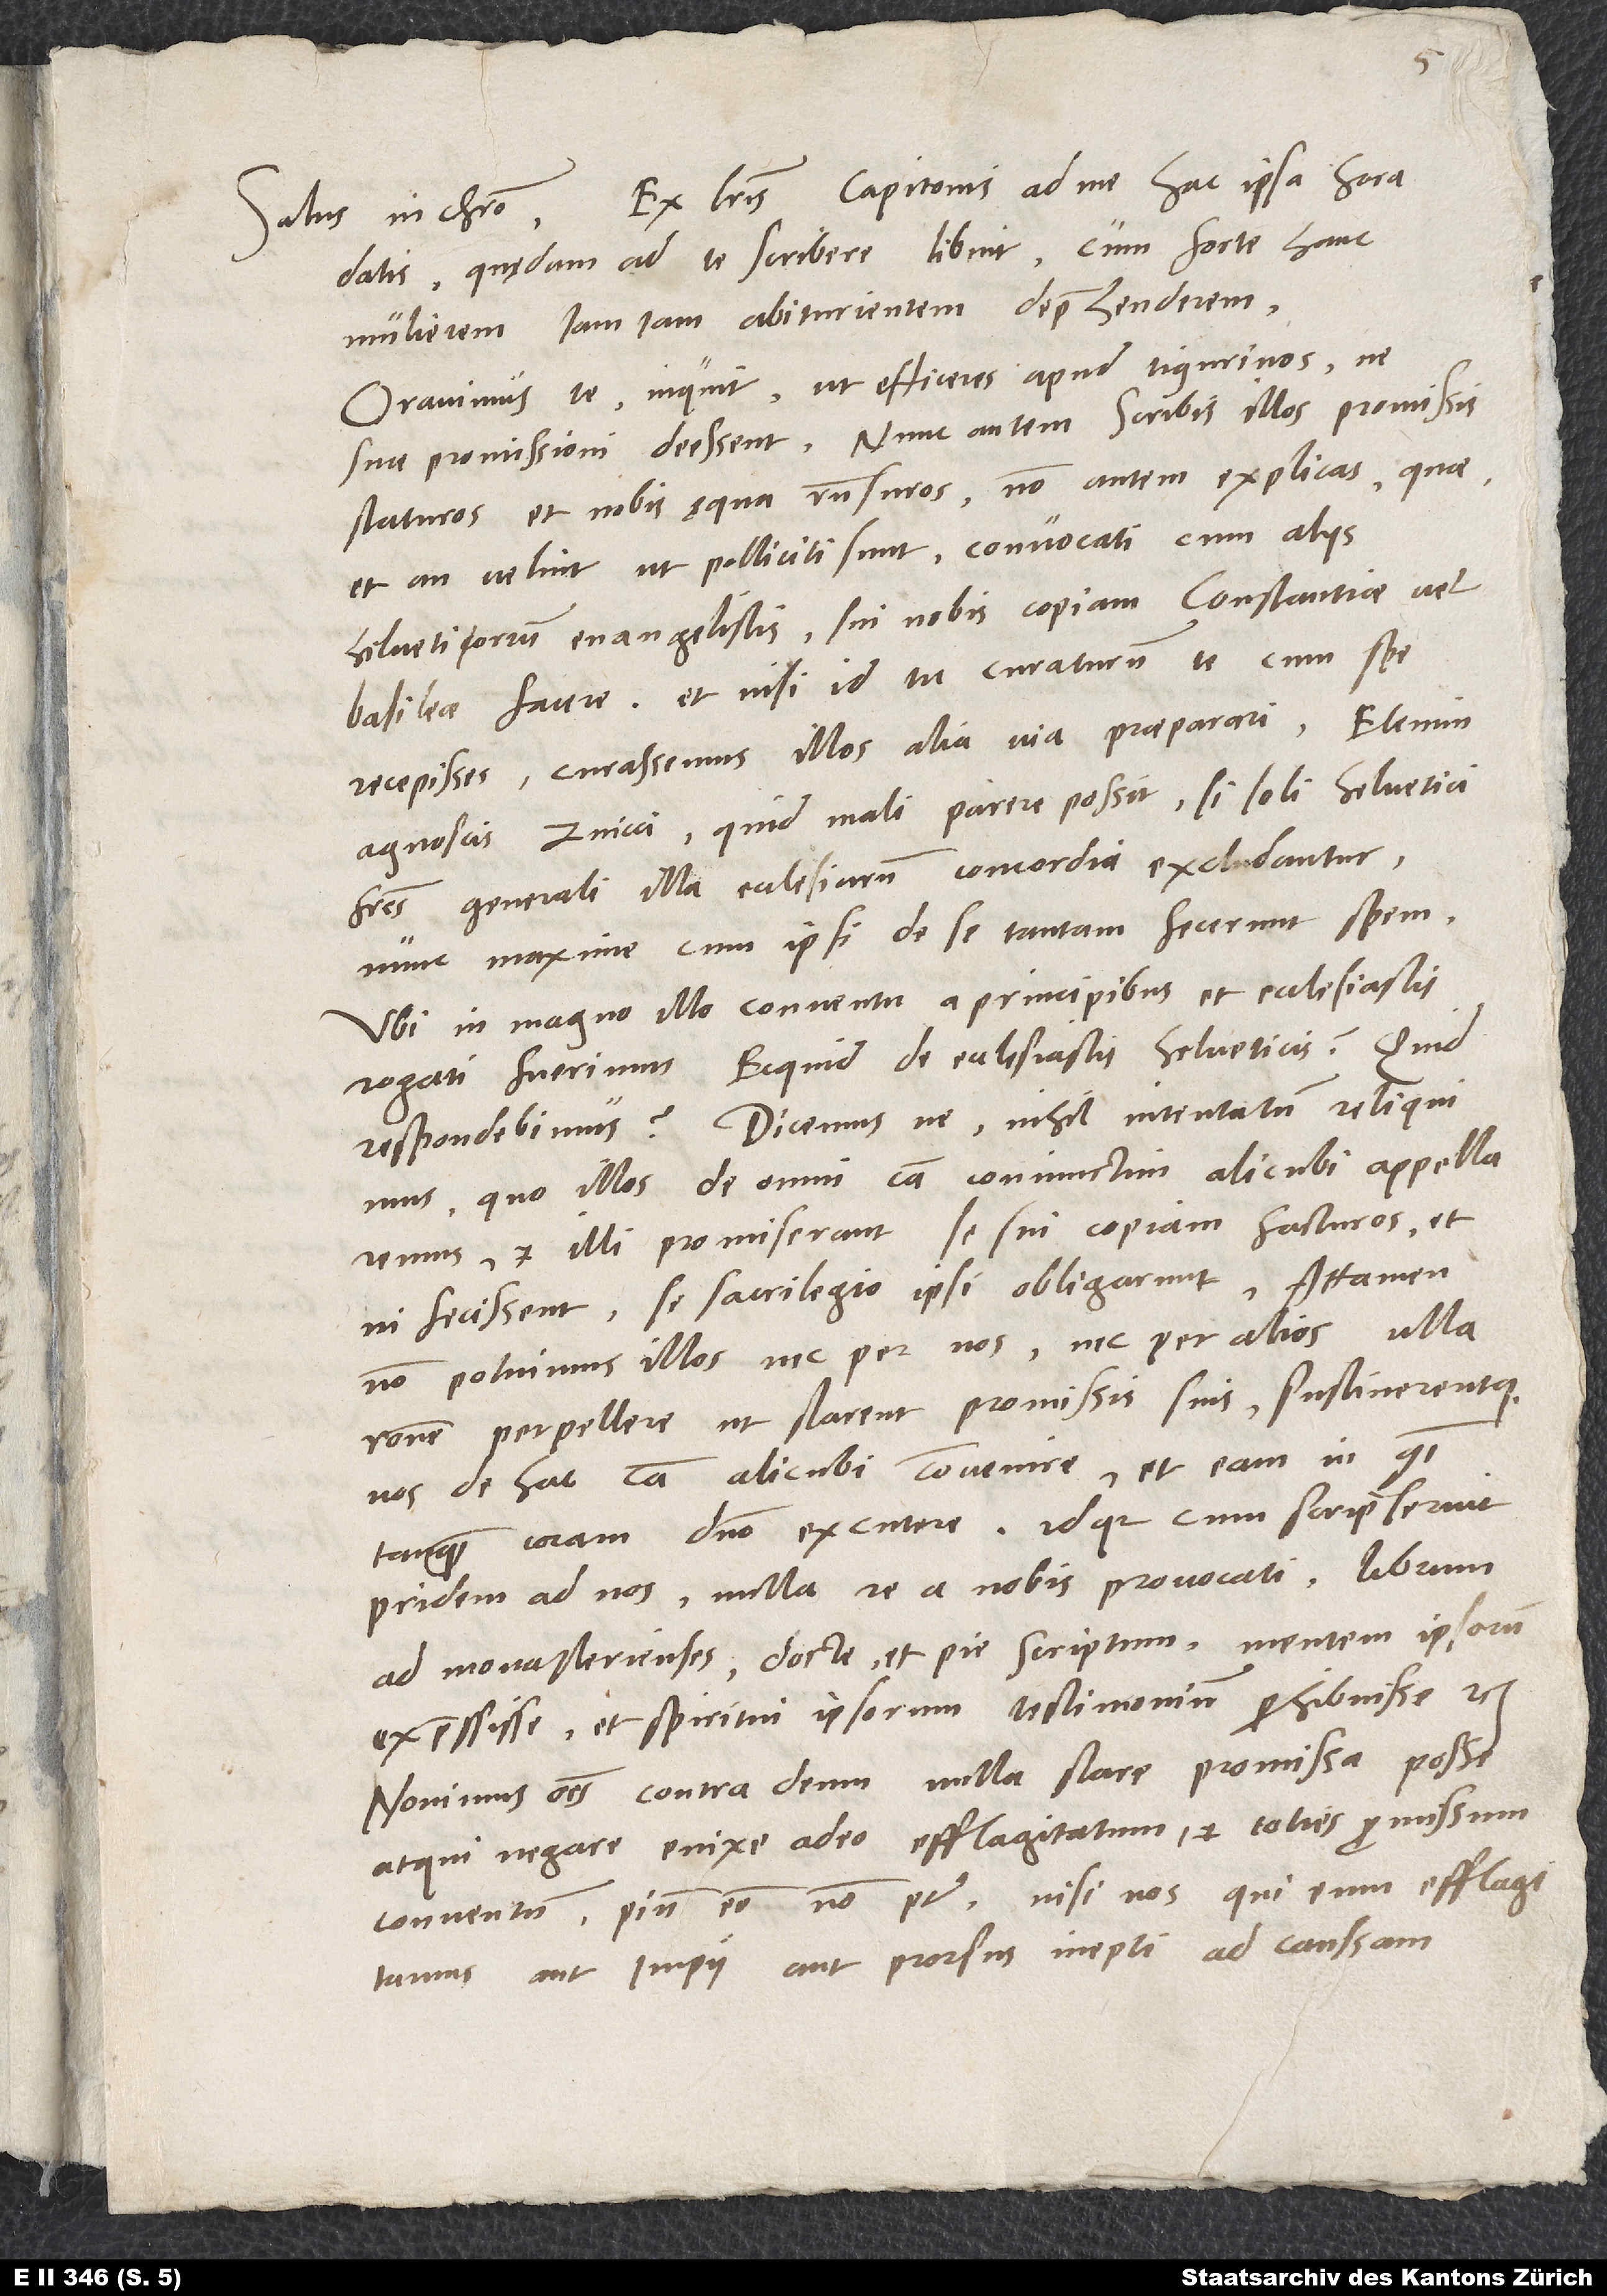
datis quędam ad te scribere libuit, cum forte hanc
mulierem iam iam abiturientem deprehenderem.
"Oravimus te", inquit, "ut efficeres apud Tigurinos, ne
suae promissioni deessent. Nunc autem scribis illos promissis
staturos et nobis ęqua responsuros. Non autem explicas, quae,
et an velint, ut polliciti sunt, convocati cum aliis
Helvetiorum evangelistis sui nobis copiam Constantiae vel
Basileae facere, et nisi id tu curaturum te cum spe
recepisses, curassemus illos alia via praeparari. Etenim
agnoscis, Zvicci quid mali parere possit, si soli Helvetici
fratres generali illa ecclesiarum concordia excludantur,
nunc maxime, cum ipsi de se tantam fecerunt spem.
Ubi in magno illo conventu a principibus et ecclesiastis
rogati fuerimus: 'Ecquid de ecclesiastis Helveticis?',
respondebimus? Dicemusne: 'Nihil intentatum reliquimus,
quo illos de omni causa coniunctim alicubi appellaremus,
et illi promiserant se sui copiam facturos, et
ni fecissent, se sacrilegio ipsi obligarunt. Attamen
non potuimus illos nec per nos nec per alios ulla
ratione perpellere, ut starent promissis suis sustinerentque
nos de hac causa alicubi convenire et eam in communi
tanquam coram domino excutere, idque, cum scripserint
pridem ad nos nulla re a nobis provocati librum
Ad Monasterienses docte et pie scriptum mentem ipsorum
expressisse et spiritui ipsorum testimonium perhibuisse ' etc.?
Novimus omnes contra deum nulla stare promissa posse,
atqui negare enixe adeo efflagitatum et toties promissum
conventum pium esse non potest, nisi nos, qui eum efflagitamus,